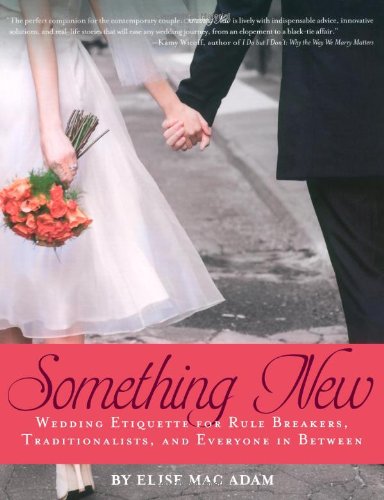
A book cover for Something New: Wedding Etiquette for Rule Breakers, Traditionalists, and Everyone in Between; Elise Mac Adam; Crafts, Hobbies & Home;